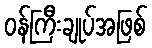
ဝန်ကြီးချုပ်အဖြစ်